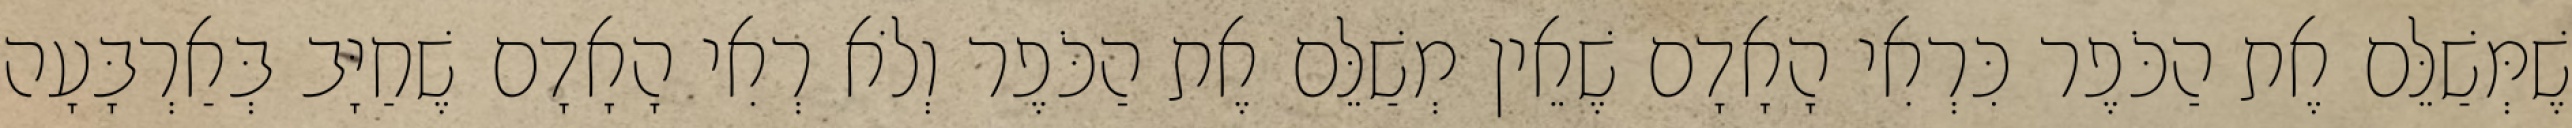
שֶׁמְּשַׁלֵּם אֶת הַכֹּפֶר כִּרְאִי הָאָדָם שֶׁאֵין מְשַׁלֵּם אֶת הַכֹּפֶר וְלֹא רְאִי הָאָדָם שֶׁחַיָּב בְּאַרְבָּעָה